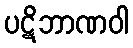
ပဋိဘာဏဝါ